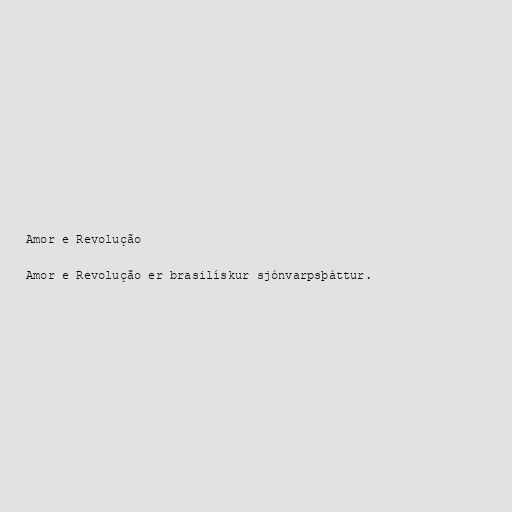
Amor e Revolução

Amor e Revolução er brasilískur sjónvarpsþáttur.